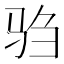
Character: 驺